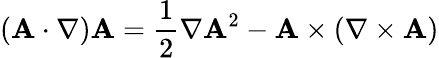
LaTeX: (\mathbf{A}\cdot\nabla)\mathbf{A}={\frac{1}{2}}\nabla\mathbf{A}^{2}-\mathbf{A}\times(\nabla\times\mathbf{A})